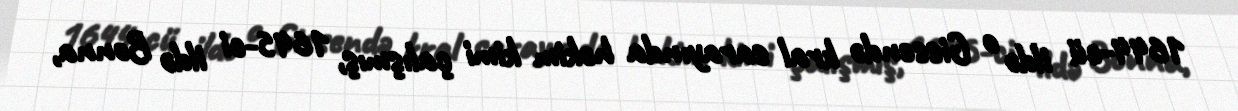
1644-cü ildə o Gissendə kral sarayında həkim kimi çalışmış, 1645-ci ildə Bonna,